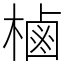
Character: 樐